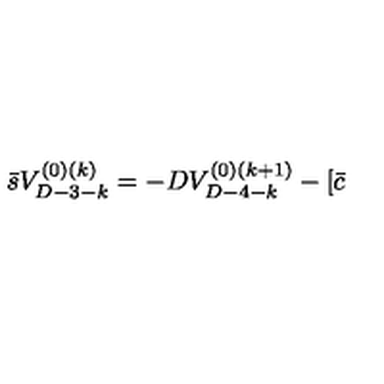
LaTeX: \bar { s } V _ { D - 3 - k } ^ { ( 0 ) ( k ) } = - D V _ { D - 4 - k } ^ { ( 0 ) ( k + 1 ) } - [ \bar { c }